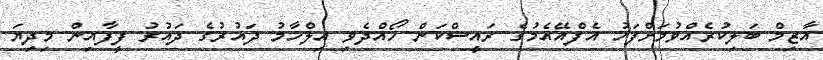
އާޒިމް ބަލިކުރެއްވުމަށްފަހު އެފްއޭއެމުގެ ރައީސްކަން ހޯއްދެވި އިލްހާމު ދައުރުގެ ދައުރު ފީފާއިން މިދިޔަ